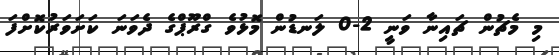
މި މެޗުން ޗައިނާ ވަނީ 2-0 ލަނޑުން މޮޅުވެ ގްރޫޕްގެ ދެވަނަ ކަށަވަރުކޮށްފަ